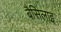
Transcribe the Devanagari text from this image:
बैसिलाइ